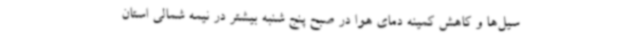
سیل‌ها و کاهش کمینه دمای هوا در صبح پنج شنبه بیشتر در نیمه شمالی استان